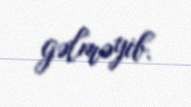
gəlməyib.